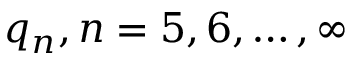
q _ { n } , n = 5 , 6 , \dots , \infty